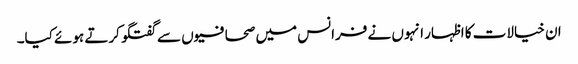
ان خیالات کا اظہار انہوں نے فرانس میں صحافیوں سے گفتگو کرتے ہوئے کیا۔